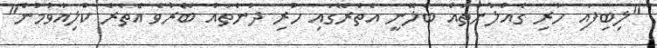
"ލިބިފައި ހުރި ގެއްލުންތައް ބެލޭނީ އެތެރޭގައި ހުރި ދުންތައް ބޭރުވެ އެތެރެ ކްލިއާވުމުން"